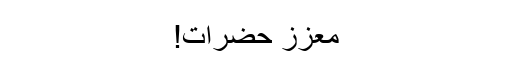
معزز حضرات!